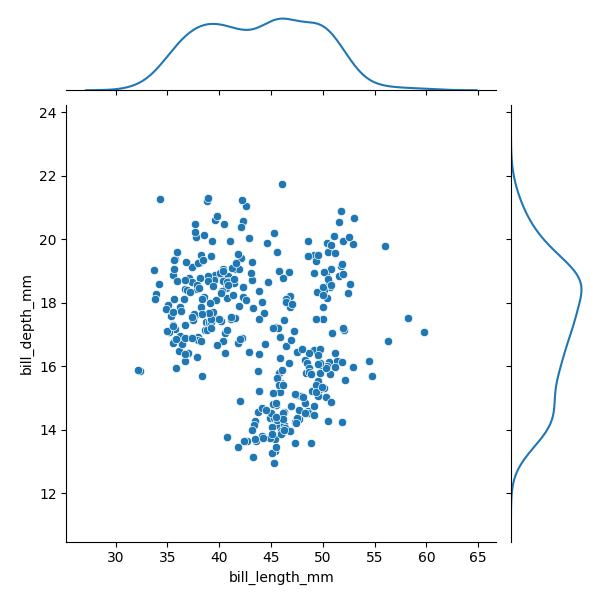
python, seaborn, JointGrid, scatterplot, kdeplot